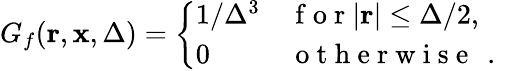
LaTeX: G_{f}(\mathbf{r},\mathbf{x},\Delta)=\left\{ \begin{array}{ll}{1/\Delta^{3}}&{\mathrm{~f~o~r~}|\mathbf{r}|\le\Delta/2,}\\ {0}&{\mathrm{~o~t~h~e~r~w~i~s~e~\, ~.~}}\end{array}\right.